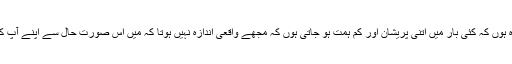
میں معذرت خواہ ہوں کہ کئی بار میں اتنی پریشان اور کم ہمت ہو جاتی ہوں کہ مجھے واقعی اندازہ نہیں ہوتا کہ میں اِس صورتِ حال سے اپنے آپ کو کیسے نکالوں۔